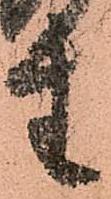
生